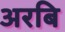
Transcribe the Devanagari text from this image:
अरबि